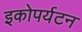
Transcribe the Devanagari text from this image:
इकोपर्यटन